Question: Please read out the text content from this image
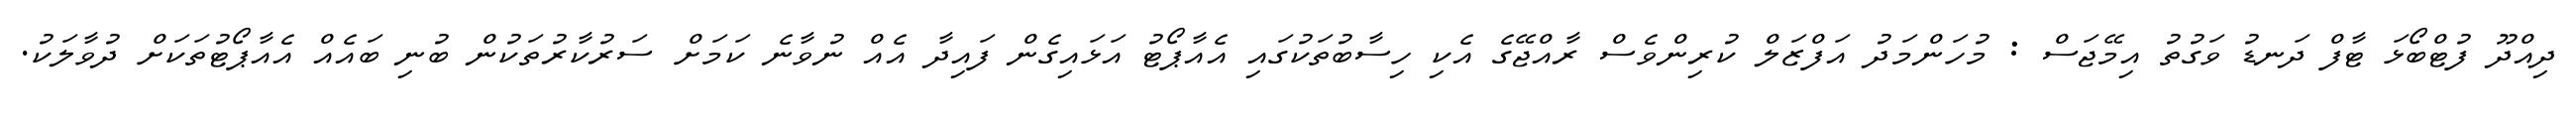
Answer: ދިއްދޫ ފުޓްބޯޅަ ޓާފް ދަނޑު ވަގުތު އިމޭޖަސް : މުހަންމަދު އަފްޒަލް ކުރިންވެސް ރާއްޖޭގެ އެކި ހިސާބުތަކުގައި އެއާޕޯޓު އަޅައިގެން ފައިދާ އެއް ނުވާނެ ކަމަށް ސަރުކާރުތަކުން ބުނި ބައެއް އެއާޕޯޓުތަކަށް ދުވާލަކު.